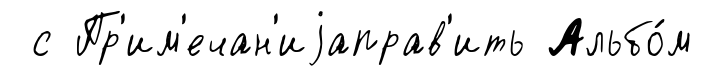
с Пр'им'ечан'иjаправ'ить Альбо́м